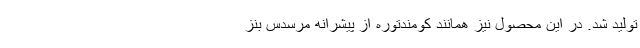
تولید شد. در این محصول نیز همانند کومندتوره از پیشرانه مرسدس بنز